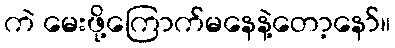
ကဲ မေးဖို့ကြောက်မနေနဲ့တော့နော်။